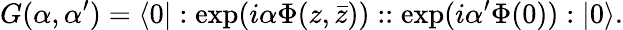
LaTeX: G(\alpha,\alpha^{\prime})=\langle 0|:\exp(i\alpha\Phi(z,\bar{z}))::\exp(i\alpha^{\prime}\Phi(0)):|0\rangle.